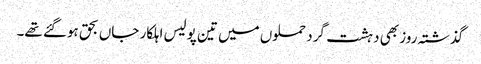
گذشتہ روز بھی دہشت گرد حملوں میں تین پولیس اہلکار جاں بحق ہوگئے تھے۔